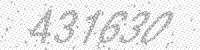
Solution: 431630